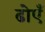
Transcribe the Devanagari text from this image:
ढोएँ